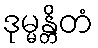
ဒုမ္မန္တိတံ